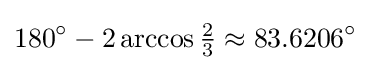
180^{\circ }-2\arccos {\tfrac {2}{3}}\approx 83.6206^{\circ }